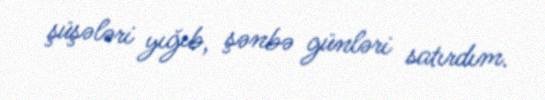
şüşələri yığıb, şənbə günləri satırdım.